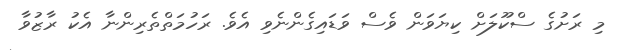
މި ރަށުގެ ސްކޫލަށް ކިޔަވަން ވެސް ވަޑައިގެންނެވި އެވެ. ރަހުމަތްތެރިންނާ އެކު ރާޒުވާ